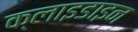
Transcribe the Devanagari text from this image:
क्लाइडाइन